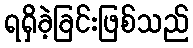
ရရှိခဲ့ခြင်းဖြစ်သည်